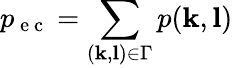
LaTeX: p_{\mathrm{~e~c~}}=\sum_{(\mathbf{k},\mathbf{l})\in\Gamma}p(\mathbf{k},\mathbf{l})